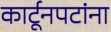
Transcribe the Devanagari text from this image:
कार्टूनपटांना